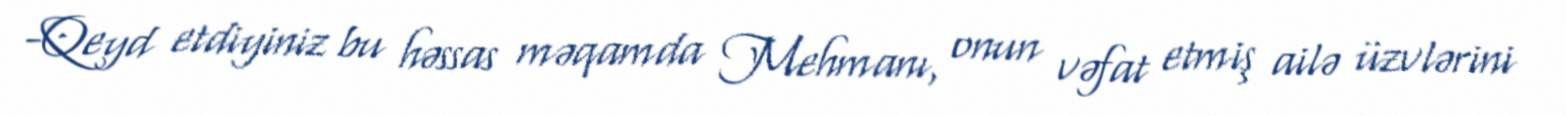
-Qeyd etdiyiniz bu həssas məqamda Mehmanı, onun vəfat etmiş ailə üzvlərini